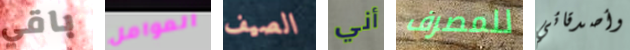
باقي العوامل الصيف أني للمصرف وأصدقائي